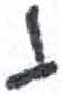
אות: י